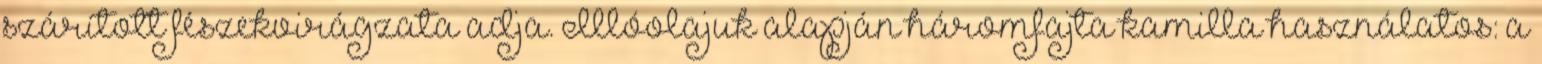
szárított fészekvirágzata adja. Illóolajuk alapján háromfajta kamilla használatos: a